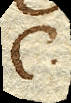
C.